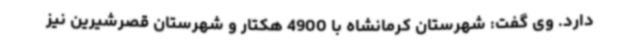
دارد. وی گفت: شهرستان کرمانشاه با 4900 هکتار و شهرستان قصرشیرین نیز